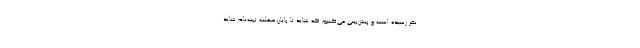
نفر رسیده است و پیش‌بینی می‌کنیم که شاید تا پایان مهلت ثبت‌نام شاید